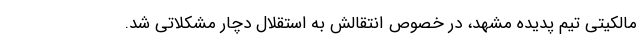
مالکیتی تیم پدیده مشهد، در خصوص انتقالش به استقلال دچار مشکلاتی شد.